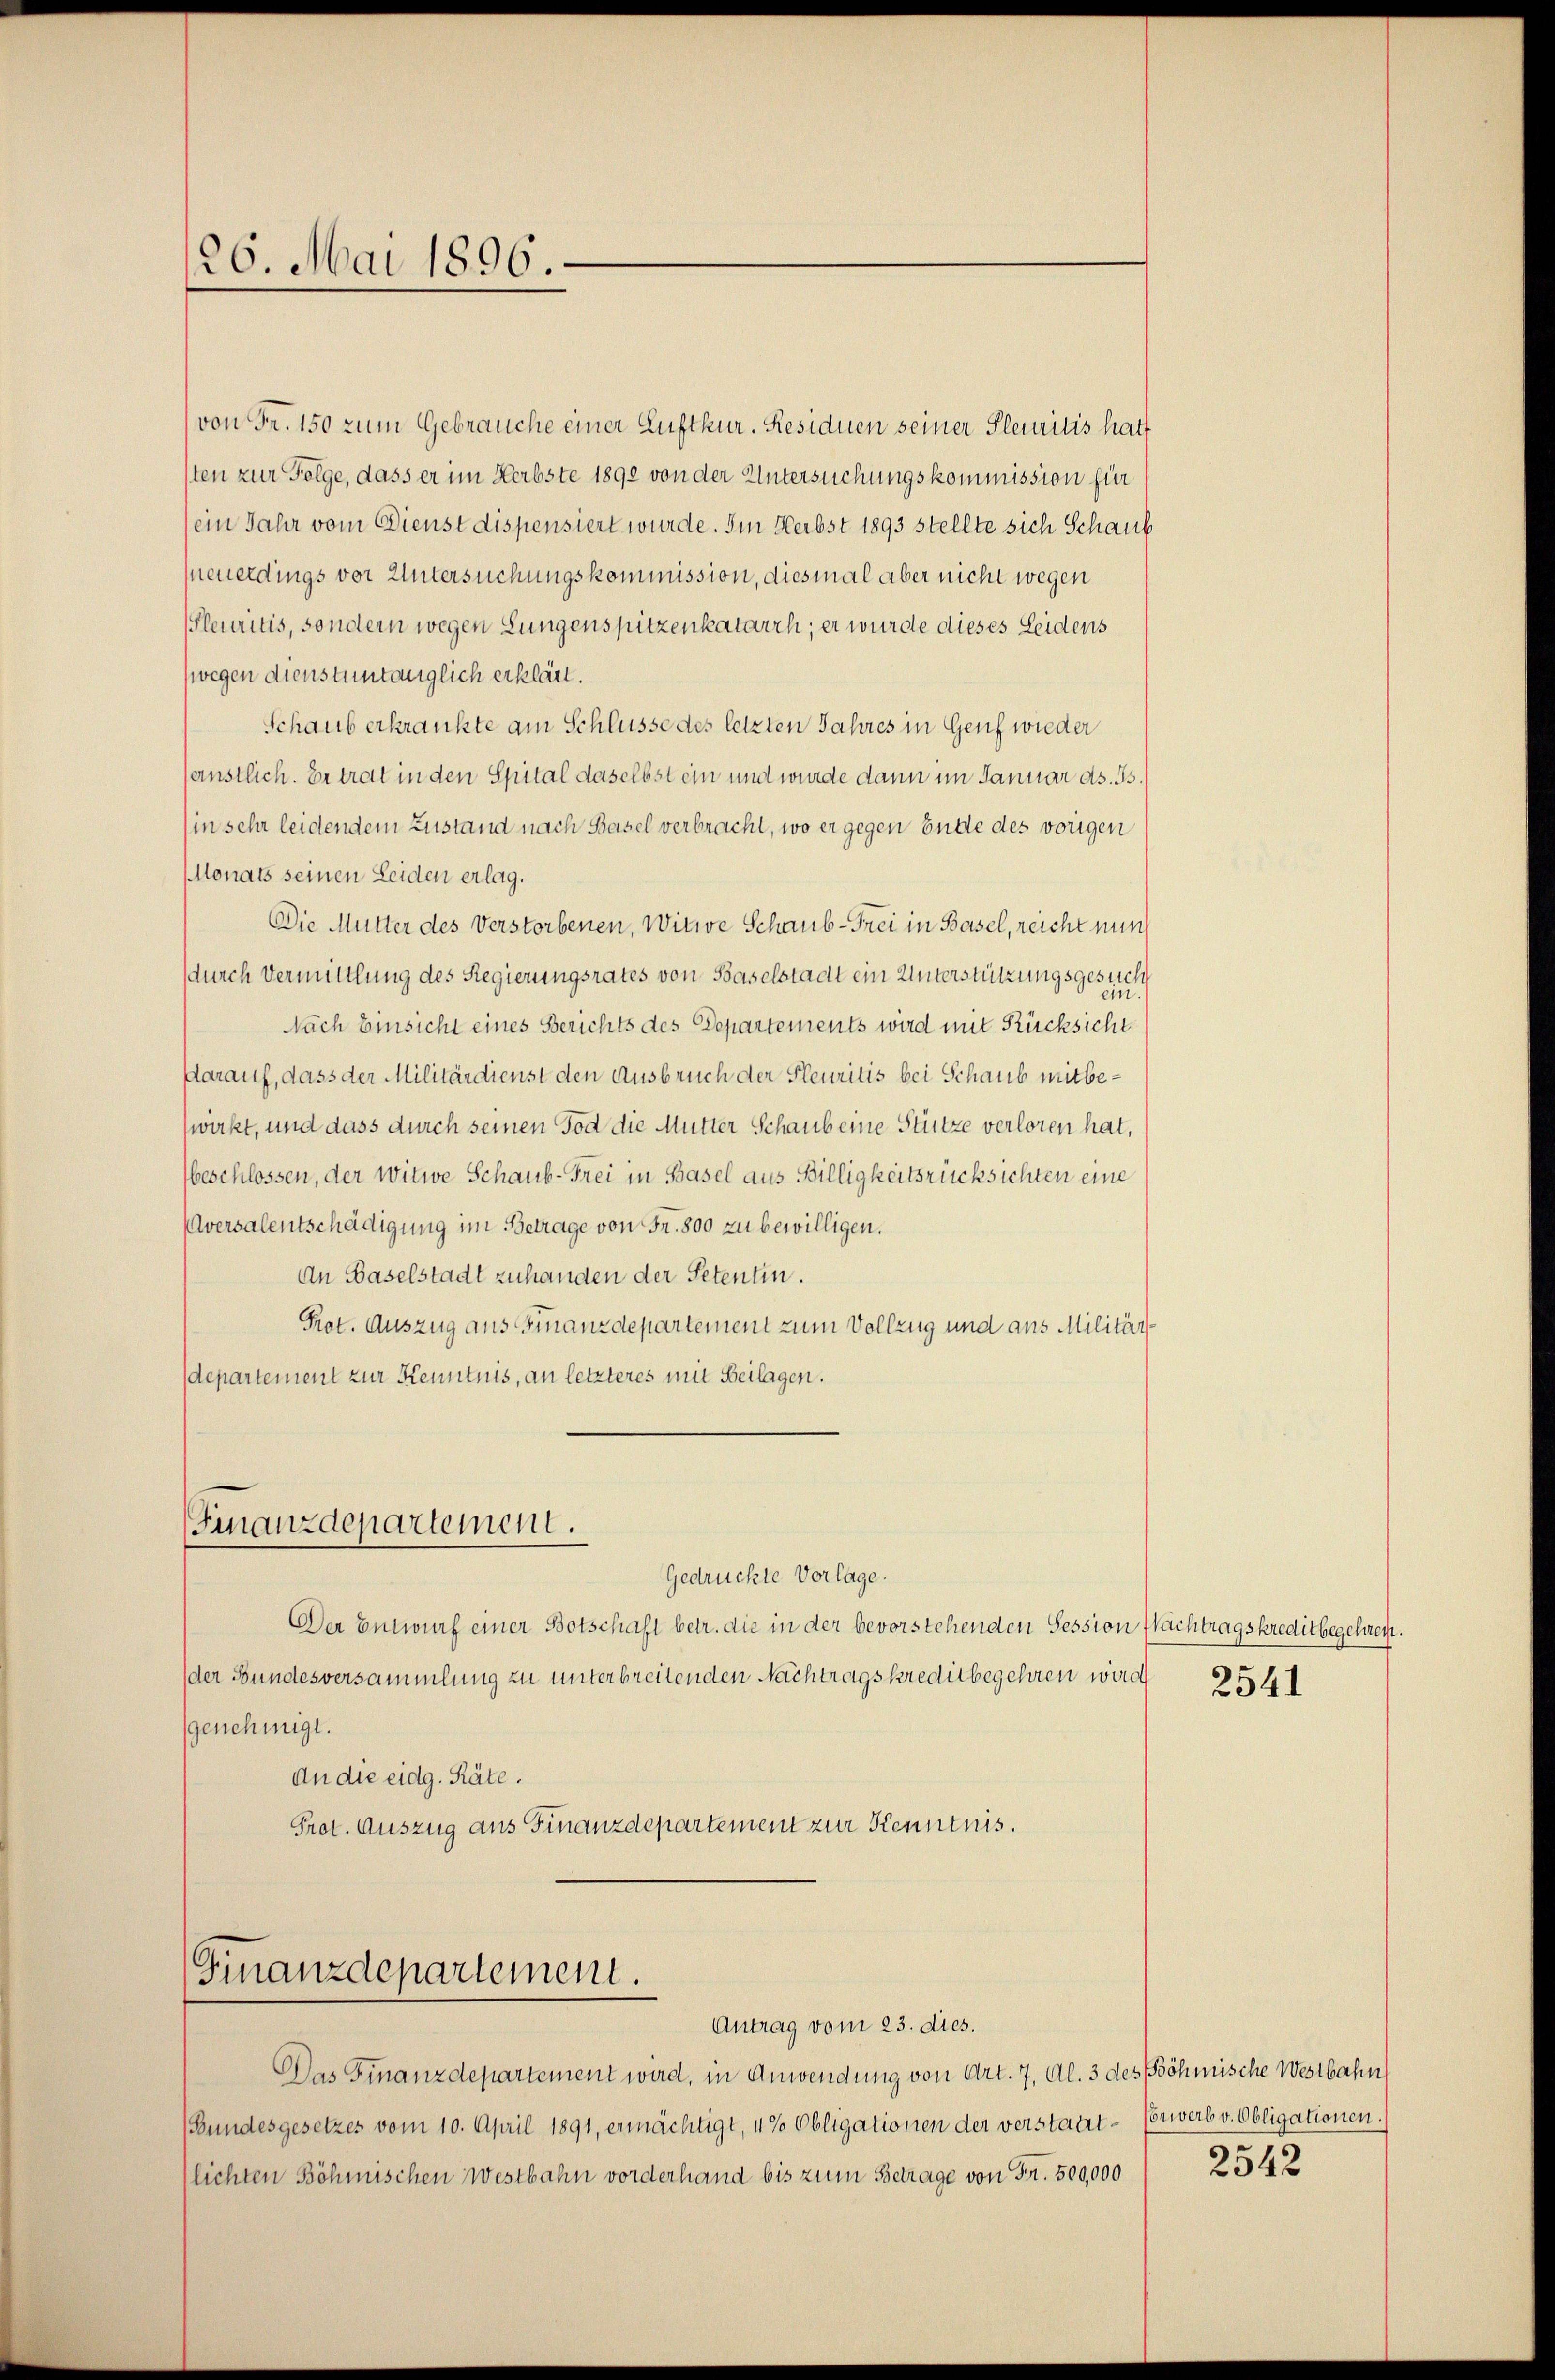
26. Mai 1896

von Fr. 150 zum Gebrauche einer Luftkur. Residuen seiner Pleuritis hatt
sten zur Folge, dass er im Herbste 1890 von der Untersuchungskommission für
(ein Jahr vom Dienst dispensiert wurde. Im Herbst 1893 stellte sich Schaub
feuerdings vor Untersuchungskommission, diesmal aber nicht wegen
fleuritis, sondern wegen Lungenspitzenkatarrh, er wurde dieses Leidens
(wegen dienstuntänglich erklärt.
Schaub erkrankte am Schlüsse des letzten Jahres in Genf wieder
senstlich. Er trat in den Spital daselbst ein und wurde dann im Januar ds. Js.
in sehr leidendem Zustand nach Basel verbracht, wo er gegen Ende des vorigen
Monats seinen Leiden erlag.
Die Mutter des Verstorbenen, Witwe Schaub-Frei in Basel, reicht nun
durch Vermittlung des Regierungsrates von Baselstadt ein Unterstützungsgesuch
ein
Nach Einsicht eines Berichts des Departements wird mit Rücksicht
Aarauf, dass der Militärdienst den Ausbruch der Fleuritis bei Schaub mitbewirkt, und dass durch seinen Tod die Mutter Schaub eine Stütze verloren hat,
beschlossen, der Witwe Schaub-Frei in Basel aus Billigkeitsrücksichten eine
Aversalentschädigung im Betrage von Fr. 800 zu bewilligen.
An Baselstadt zuhanden der Petentin.
Prot. Auszug aus Finanzdepartement zum Vollzug und aus Militärdepartement zur Kenntnis, an letzteres mit Beilagen.
Finanzdepartement.
Gedrückte Vorlage.
Der Entwurf einer Botschaft betr. die in der bevorstehenden Session Nachtragskreditbeschien.
der Bundesversammlung zu unterbreitenden Nachtragskreditbegehren wird
genehmigt.
An die eidg. Räte.
Prot. Auszug aus Finanzdepartement zur Kenntnis.

Finanzdepartement.
Antrag vom 23. dies.

Das Finanzdepartement wird, in Anwendung von Art. 7, Al. 3 des Böhmische Westbahn
(Bundesgesetzes vom 10. April 1891, ermächtigt, 4% Obligationen der verstatt-Erwerb v. Obligationen.
flichten Böhmischen Westbahn vorderhand bis zum Betrage von Fr. 500,000

2541

2542